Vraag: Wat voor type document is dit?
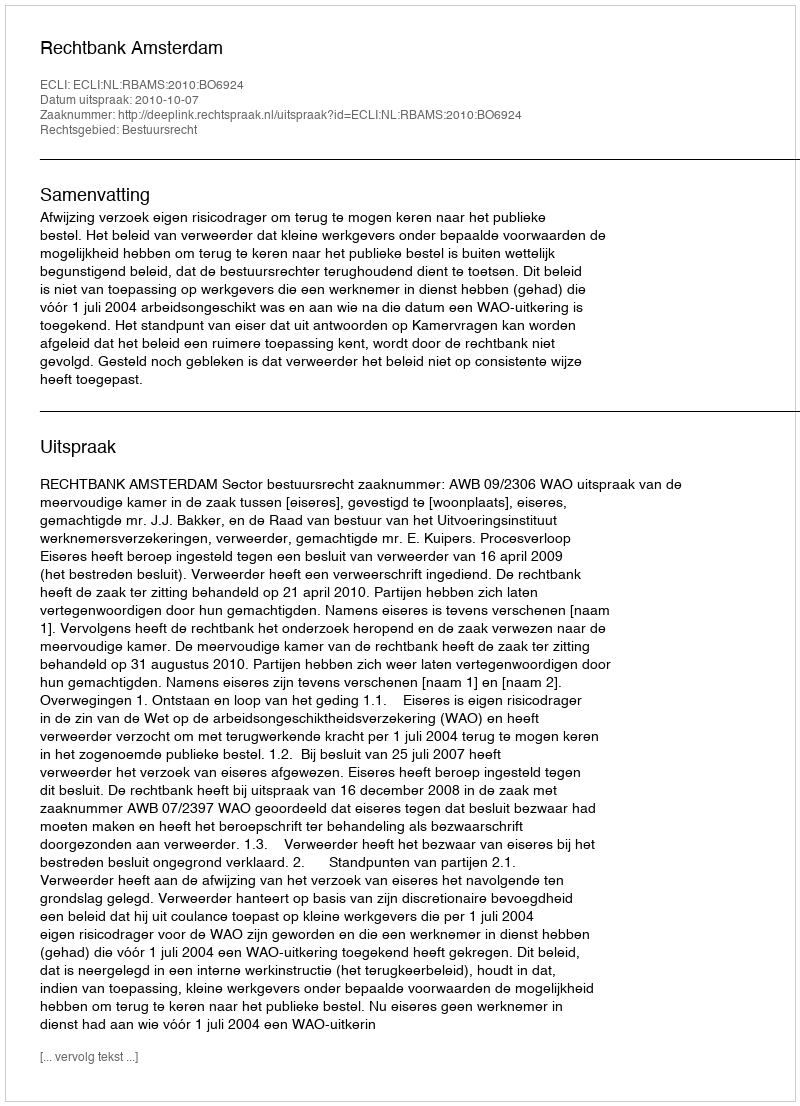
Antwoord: Uitspraak